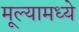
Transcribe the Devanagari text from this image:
मूल्यामध्ये